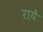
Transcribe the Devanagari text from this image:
रायें